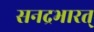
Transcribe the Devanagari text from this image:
सनद्रभारत्